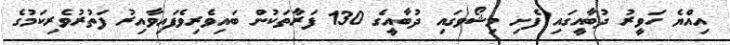
އިއްޔެ ހަވީރު ދުބާއީގައި ފެށި މިޝޯވގައި ދުބާއީގެ 130 ފަރާތަކުން ބައިވެރިވެފައިވާއިރު ފަތުރުވެރިކަމުގެ